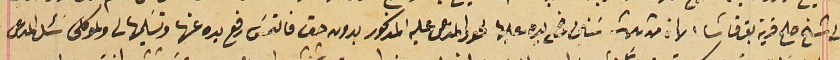
الى شىـخ صلح قرية بقرقاشا الآن من ثلاثة سَنين وضع يده عليها لحود والمدعى عليه المذكور بدون حق فالتمسَ رفع يده عنها وتسَليمها لى ولموكلى سَئل المدعى